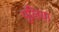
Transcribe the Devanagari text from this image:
पूलिया